Medical and sanitary report of the native army of Bengal for the year
Year: 1876
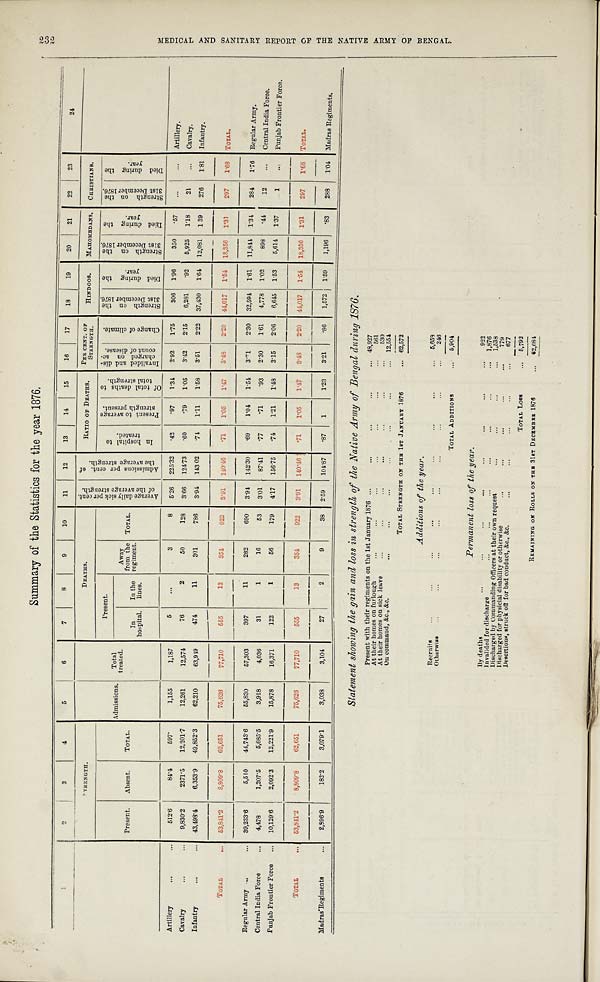
Summary of the Statistics for the year 1876.
1
2
3
4
5
6
7
8
9
10 11 12 13 14 15 16 17 18 19 20 21 22 23
24
S T R E N G T H .
Admissions. Total
treated.
D E A T H S .
A v e r a g e d a i l y s i c k p e r c e n t .
o f t h e a v e r a g e s t r e n g t h . A d m i s s i o n s p e r c e n t . o f
t h e a v e r a g e s t r e n g t h .
RATIO OF DEATHS. PER CENT. OF
STRENGTH. HI NDOOS. MAHOMEDANS. CHRISTIANS.
Present. _ Away
from the
regiment. TOTAL.
I n h o s p i t a l t o
t r e a t e d .
P r e s e n t t o a v e r a g e
s t r e n g t h p r e s e n t . O f t o t a l d e a t h s t o
t o t a l s t r e n g t h .
I n v a l i d e d a n d d i s -
c h a r g e d o n a c -
c o u n t o f d i s e a s e .
C h a n g e o f c l i m a t e . S t r e n g t h o n t h e
3 1 s t D e c e m b e r 1 8 7 6 .
D i e d d u r i n g t h e
y e a r . S t r e n g t h o n t h e
3 1 s t D e c e m b e r 1 8 7 6 .
D i e d d u r i n g t h e
y e a r . S t r e n t h o n t h e
3 1 s t D e c e m b e r 1 8 7 6 .
D i e d d u r i n g t h e
y e a r .
Present. Absent . TOTAL.
In
hospital. In the
lines.
Artillery... ...
5 1 2 . 6 84. 4
5 9 7 .
1, 155
1, 187
5
. . .
3
8 5.26 225.32 .42
. 9 7 1.34 2. 92 1.75 306 1.96 350 .57
. . . ... Artillery.
Cavalry... . . .
9, 830. 2 2371. 5 12, 201. 7 12, 261 12, 574
76
2
50 128 3.66 124.73 .60
. 7 9 1.05 3. 42 2.15 6, 281 .92 5, 925
1 1 8 21 ... Cavalry.
Infantry
. . . 43, 198. 4 6, 353. 9 49, 852. 3 62, 210 63, 919 474
11 301 786 3.94 143.0 2 .74 1.11 1.58 3.51 2.22 37, 430 1.64 12, 081 139 276 1.81 Infantry.
TOTAL
53, 841. 2
8 , 8 0 9 . 8
6 2 , 6 5 1
75, 626 77, 710
555
13 354
922 3 . 9 1
1 4 0 . 4 6 .71 1. 05
1 . 4 7 3. 48 2.20
4 4 . 0 1 7 1. 54 18, 356 1. 31 297 1.68
T O T A L .
Regular Army . . .
... 39, 233. 6
5, 510 44, 743. 6 55, 830 57, 303 397
11 282 690 3.94 142.30 .69
1 . 0 4 1.51 3. 71 2.30 32, 594 1.61 11,844 1 . 3 4 284 1.76 Regular Army.
Central India Force
4, 478
1, 207. 5
5, 685. 5
3, 918
4, 036
31
1
16
53 3.01 87.41 .77
. 7 1 .93 2. 30 1.61 4, 778 1.02 898 .44 12 . . . Central Indi a Force.
Punjab Frontier Force
10, 129' 6 2, 092. 3 12, 221. 9 15, 878 16, 371 122
1
56 179 4.17 156.75 .74 1.21 1.48 3. 15 2.06 6, 645 1.53 5, 614 1 . 3 7 1 . . . Punjab Frontier Force.
TOTAL . . .
5 3 , 8 4 1 . 2 8, 809. 8 62, 651
78, 626 77, 710 555
1 3
354
9 2 2 3.91 140.46 .71 1. 05 1. 47 3. 48 2.20 14, 017 1.54 18, 356
1 . 3 1 297 1.68 TOTAL.
Madras Regiments
2, 896. 9
182. 2 3, 079. 1
3, 038
3, 104
27
2
9
38 2.59 104.87 .87 1 1.23 3. 21 .86 1, 572 1.59 1, 196 .83 288 1.04 Madras Regiments.
Statement showing the gain and loss in strength of the Native Army of Bengal during 1876.
Present with their regiments on the 1st January 1876 ...
...
...
...
... 4 8 , 9 2 7
At their homes on furloug
. . . ...
... ...
...
...
...
5 6 1
At their homes on si ck leave ... ... ... ... ...
...
. . .
5 3 0
On command, &c., &c
...
...
... ...
. .
...
. . . 12, 554
TOTAL STRENGTH ON THE 1STJ A N U A R Y 1 8 7 6
... 62, 572
Additions of the year.
Recruits ...
...
. . .
...
. . . ...
...
...
. . . 5 , 6 5 8
Otherwise ... ...
. . .
. . .
. . . ... ... ... 246
TOTAL ADDITIONS
... 5, 904
Permanent loss of the year.
By deaths
...
. . .
. . . . . .
. . . ...
. . .
... 9 2 2
I n v a l i d e d f o r d i s c h a r g...
... ...
. . . ... ...
... 1, 876
Discharged by Commanding Officers at their own request ... ... ... ... 1, 538
Discharged for physi ci al disability or otherwise
...
. . . ...
. . .
... 779
Desertions, struck oft for bad conduct, &c., &c.
...
. . . ...
. . . ... 677
TOTAL Loss ... 5, 792
REMAINING ON ROLLS ON THE 31ST DECEMBER 1876
... 62, 684
232
M E D I C A L A N D S A N I T A R Y R E P O R T O F T H E N A T I V E A R M Y O F B E N G A L .